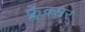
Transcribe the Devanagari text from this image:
फ्लेक्सर